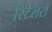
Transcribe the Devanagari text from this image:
रिटेलरों